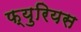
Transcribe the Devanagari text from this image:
फ्युरियस